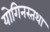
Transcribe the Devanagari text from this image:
योगिनस्तथा